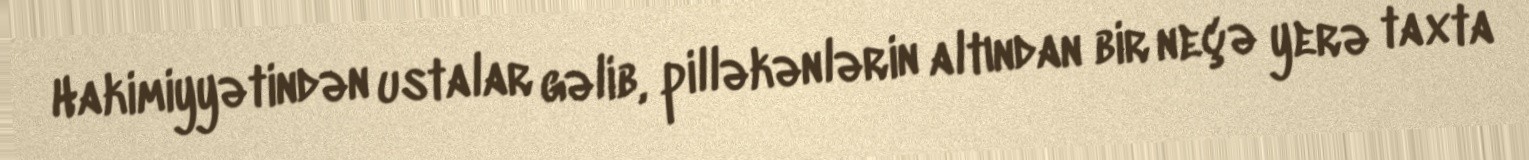
Hakimiyyətindən ustalar gəlib, pilləkənlərin altından bir neçə yerə taxta